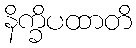
နိက္ခိပထာတိ